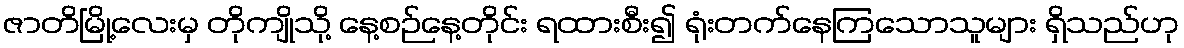
ဇာတိမြို့လေးမှ တိုကျိုသို့ နေ့စဉ်နေ့တိုင်း ရထားစီး၍ ရုံးတက်နေကြသောသူများ ရှိသည်ဟု